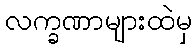
လက္ခဏာများထဲမှ